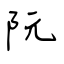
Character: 阮